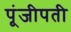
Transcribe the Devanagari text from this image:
पूंजीपती